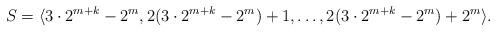
LaTeX: \begin{align*}S = \langle 3 \cdot 2^{m+k} - 2^m, 2( 3 \cdot 2^{m+k}-2^m)+1,\ldots,2(3 \cdot 2^{m+k}-2^m)+2^m \rangle.\end{align*}